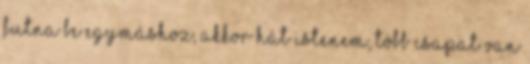
futna be egymáshoz, akkor hát istenem, több csapat van